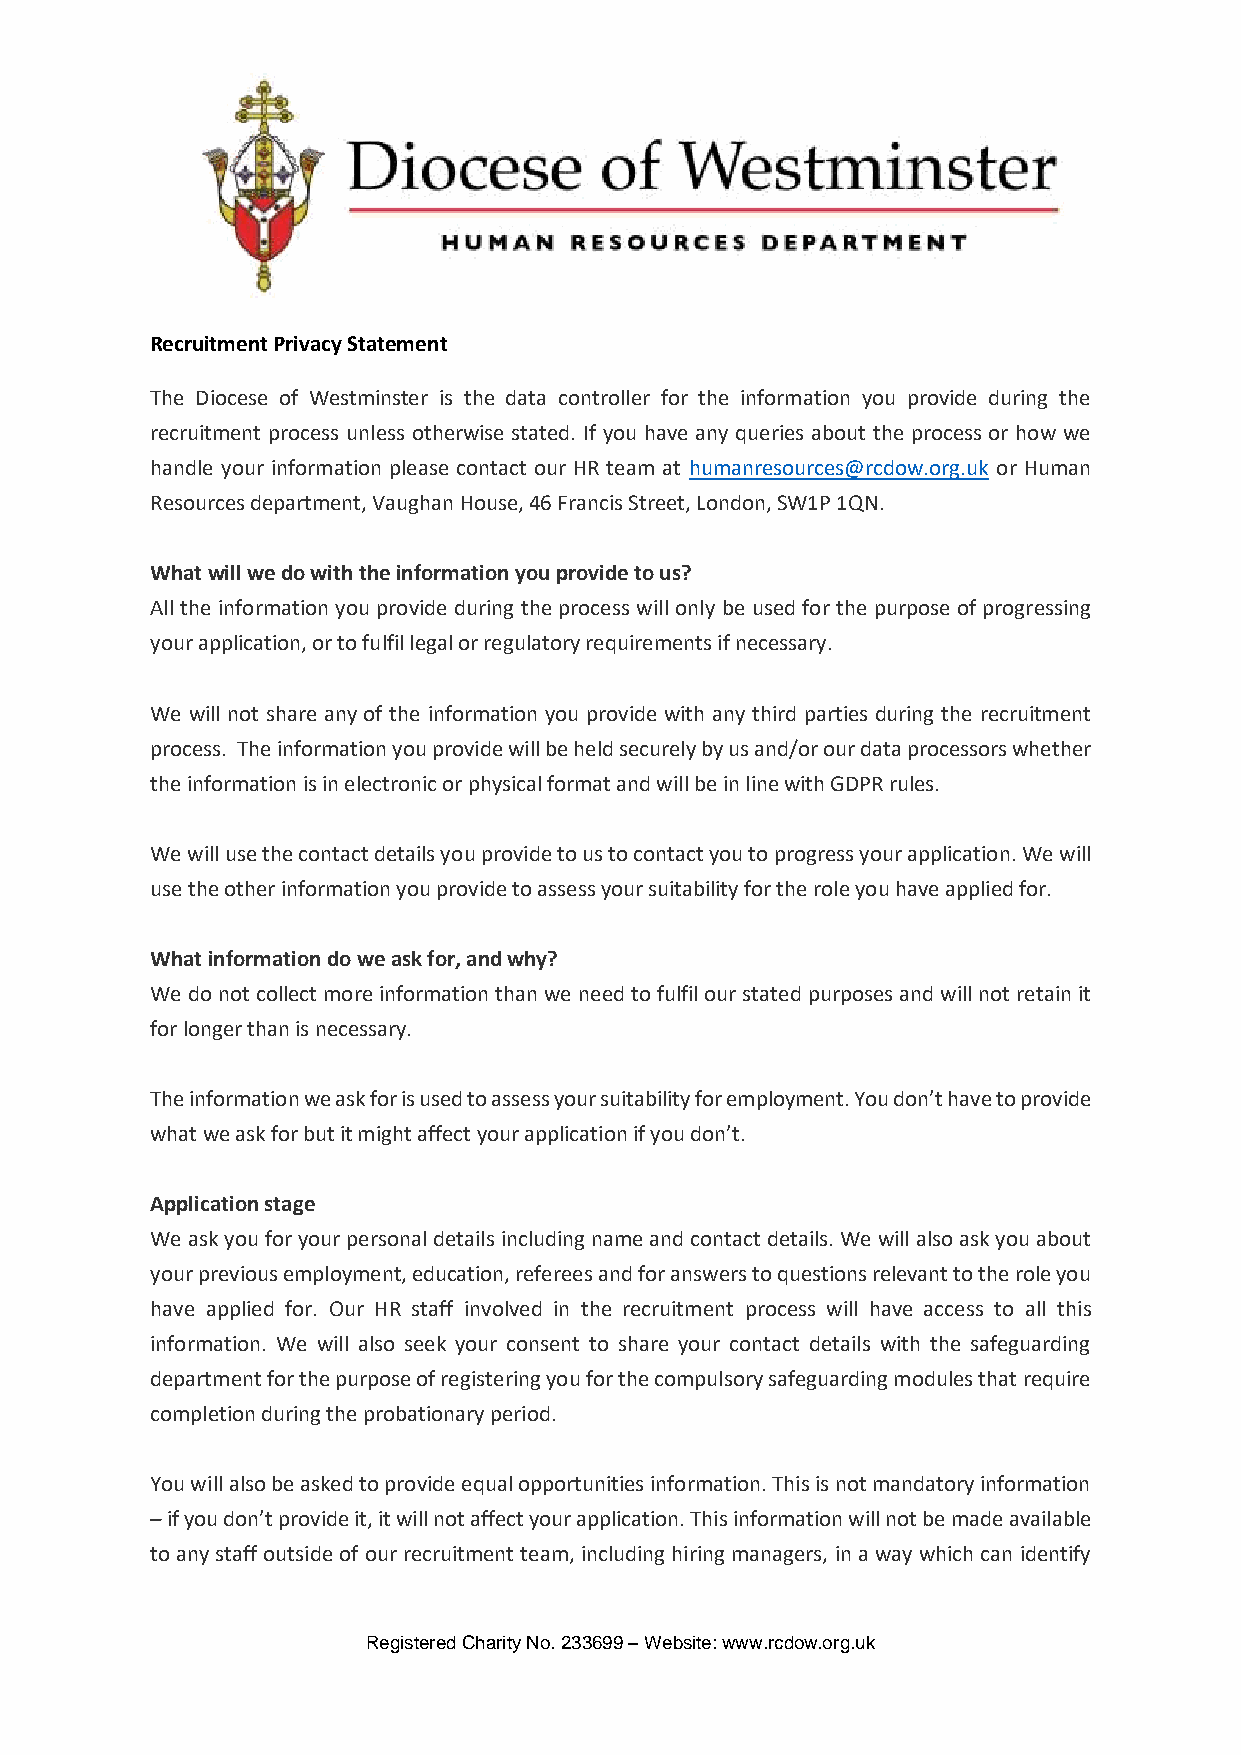
Recruitment Privacy Statement
 The Diocese of Westminster is the data controller for the information you provide during the
 recruitment process unless otherwise stated. If you have any queries about the process or how we
 handle your information please contact our HR team at humanresources@rcdow.org.uk or Human
 Resources department, Vaughan House, 46 Francis Street, London, SW1P 1QN.
 What will we do with the information you provide to us?
 All the information you provide during the process will only be used for the purpose of progressing
 your application, or to fulfil legal or regulatory requirements if necessary.
 We will not share any of the information you provide with any third parties during the recruitment
 process. The information you provide will be held securely by us and/or our data processors whether
 the information is in electronic or physical format and will be in line with GDPR rules.
 We will use the contact details you provide to us to contact you to progress your application. We will
 use the other information you provide to assess your suitability for the role you have applied for.
 What information do we ask for, and why?
 We do not collect more information than we need to fulfil our stated purposes and will not retain it
 for longer than is necessary.
 The information we ask for is used to assess your suitability for employment. You don’t have to provide
 what we ask for but it might affect your application if you don’t.
 Application stage
 We ask you for your personal details including name and contact details. We will also ask you about
 your previous employment, education, referees and for answers to questions relevant to the role you
 have applied for. Our HR staff involved in the recruitment process will have access to all this
 information. We will also seek your consent to share your contact details with the safeguarding
 department for the purpose of registering you for the compulsory safeguarding modules that require
 completion during the probationary period.
 You will also be asked to provide equal opportunities information. This is not mandatory information
 – if you don’t provide it, it will not affect your application. This information will not be made available
 to any staff outside of our recruitment team, including hiring managers, in a way which can identify
 Registered Charity No. 233699 – Website: www.rcdow.org.uk